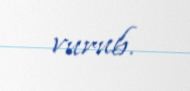
vurub.